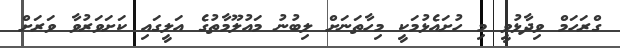
ގްރަހަމް ވިދާޅުވީ މި ހުށައެޅުމަކީ މިހާތަނަށް ލިބުނު މައުލޫމާތުގެ އަލީގައި ކަށަވަރުވާ ވަރަށް